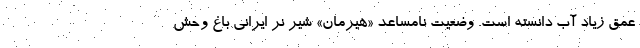
عمق زیاد آب دانسته است. وضعیت نامساعد «هیرمان» شیر نر ایرانی باغ وحش